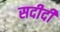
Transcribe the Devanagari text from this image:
सदीदी